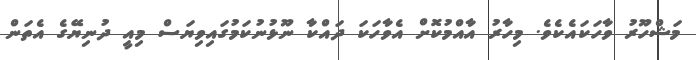
މަޝްހޫރު ވާހަކައެކެވެ. މިހާރު އާއްމުކޮށް އެވާހަކަ ދައްކާ ނޫޅުނުކަމުގައިވިޔަސް މިއީ ދުނިޔޭގެ އެތަން